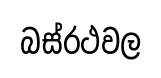
බස්රථවල